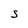
Character: s